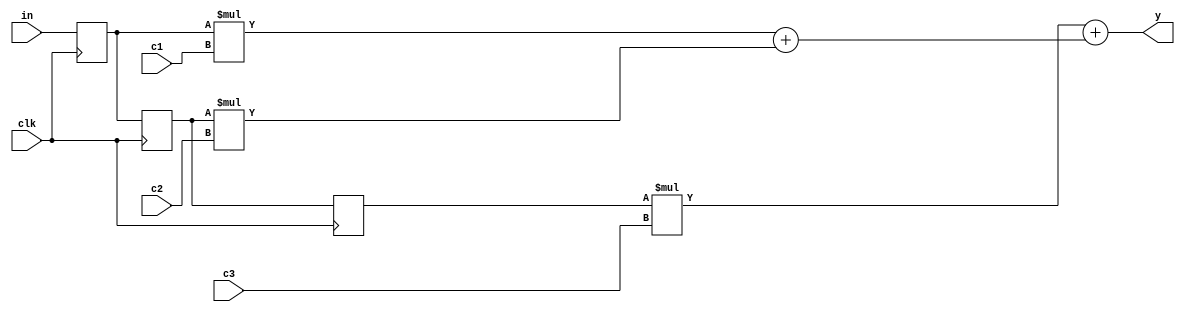
module FIR_filter_3tap(input [3:0] in,c1,c2,c3, input clk, output [8:0]y);
reg [3:0] r1,r2,r3;
wire [7:0] w1,w2,w3;
wire [8:0] w4;
always @(posedge clk)
begin
	r1<=in;
	r2<=r1;
	r3<=r2;
end
assign w1=r1*c1;
assign w2=r2*c2;
assign w3=r3*c3;
assign w4=w1+w2;
assign y=w3+w4;
endmodule